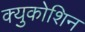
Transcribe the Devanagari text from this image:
क्युकोशिन